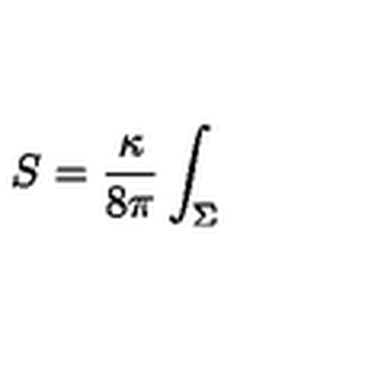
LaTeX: S = \frac { \kappa } { 8 \pi } \int _ { \Sigma }